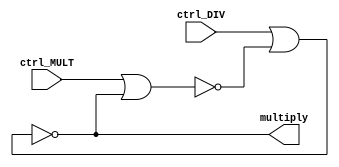
module sr_latch (ctrl_MULT, ctrl_DIV, multiply);

	input ctrl_MULT, ctrl_DIV; 
	output multiply;
	wire not_q;

	nor(not_q, ctrl_MULT, multiply);
	nor(multiply, ctrl_DIV, not_q);

endmodule